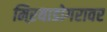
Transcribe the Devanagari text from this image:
मिऱयाडोगरावर